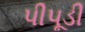
પીપૂડી